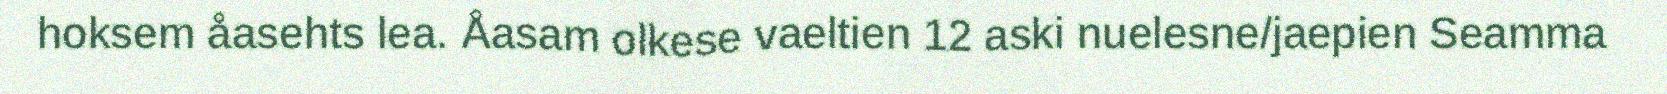
hoksem åasehts lea. Åasam olkese vaeltien 12 aski nuelesne/jaepien Seamma